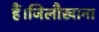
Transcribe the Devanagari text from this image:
हैं।जिलौखाना